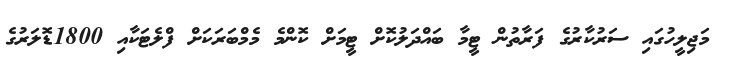
މަޖިލީހުގައި ސަރުކާރުގެ ފަރާތުން ޓީމާ ބައްދަލުކޮށް ޓީމަށް ކޮންމެ މެމްބަރަކަށް ފްލެޓަކާއި 1800ޑޮލަރުގެ